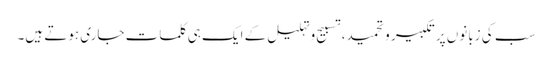
سب کی زبانوں پر تکبیر وتحمید، تسبیح وتہلیل کے ایک ہی کلمات جاری ہوتے ہیں۔